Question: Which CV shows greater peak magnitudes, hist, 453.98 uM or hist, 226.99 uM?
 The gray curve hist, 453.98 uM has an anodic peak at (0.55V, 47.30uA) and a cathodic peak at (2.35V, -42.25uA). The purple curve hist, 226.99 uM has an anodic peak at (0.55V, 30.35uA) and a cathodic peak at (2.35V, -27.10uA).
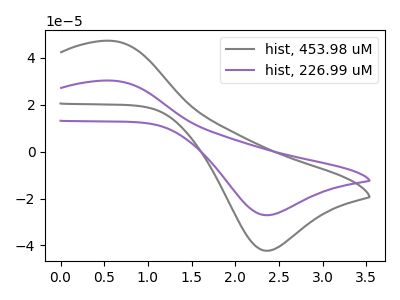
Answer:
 <answer>Every peak in "hist, 453.98 uM" is higher than every peak in "hist, 226.99 uM".</answer>
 <eval>higher</eval>